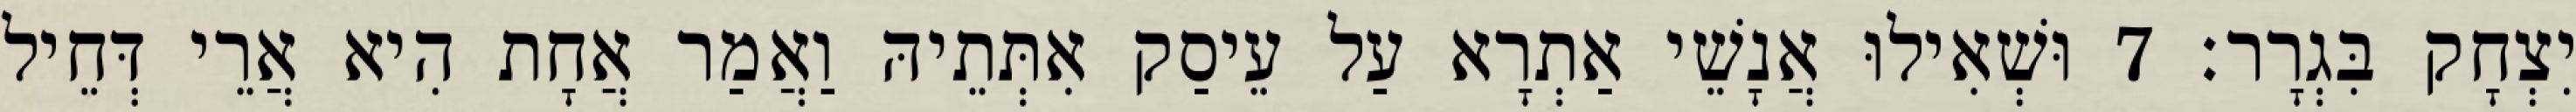
יִצְחָק בִּגְרָר׃ 7 וּשְׁאִילוּ אֲנָשֵׁי אַתְרָא עַל עֵיסַק אִתְּתֵיהּ וַאֲמַר אֲחָת הִיא אֲרֵי דְּחֵיל